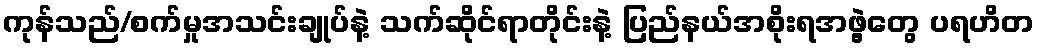
ကုန်သည်/စက်မှုအသင်းချုပ်နဲ့ သက်ဆိုင်ရာတိုင်းနဲ့ ပြည်နယ်အစိုးရအဖွဲ့တွေ ပရဟိတ